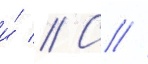
и́ // С //